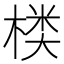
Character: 𰘂